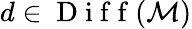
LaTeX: d\in\mathrm{~D~i~f~f~}(\mathcal{M})